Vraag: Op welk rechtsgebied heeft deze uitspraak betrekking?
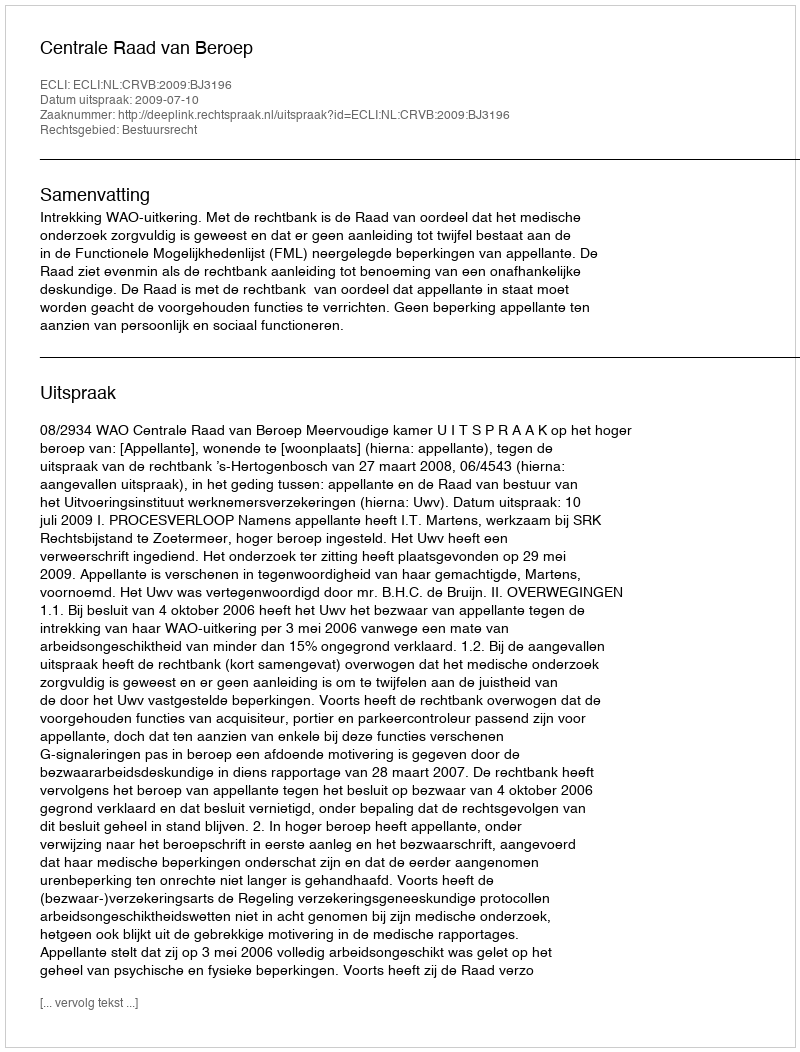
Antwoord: Bestuursrecht